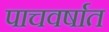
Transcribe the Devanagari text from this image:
पाचवर्षात